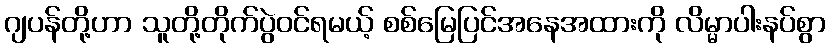
ဂျပန်တို့ဟာ သူတို့တိုက်ပွဲဝင်ရမယ့် စစ်မြေပြင်အနေအထားကို လိမ္မာပါးနပ်စွာ